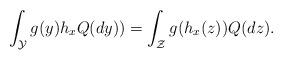
LaTeX: \begin{align*}\int_{\mathcal{Y}}g(y)h_{x}Q(dy))=\int_{\mathcal{Z}}g(h_{x}(z))Q(dz).\end{align*}